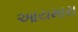
આયમારા